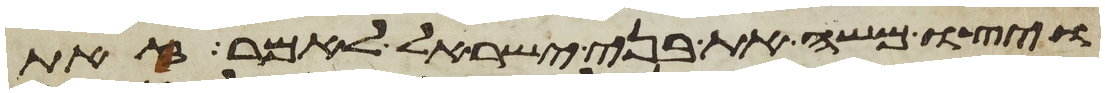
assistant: ויצו משה את בני ישראל לאמר זאת